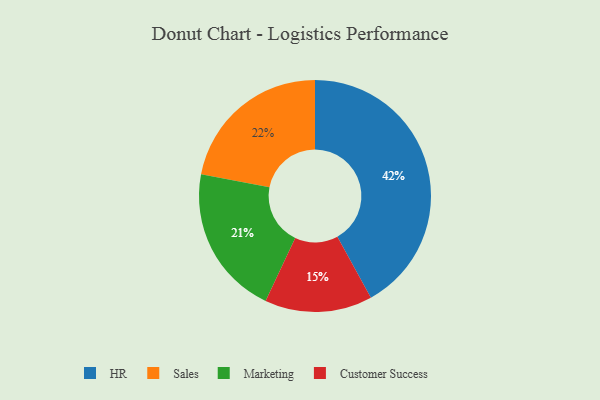
{"axis": {"x": "Category", "y": "Percentage"}, "legend": ["Customer Success", "HR", "Marketing", "Sales"], "data": [{"x": "HR", "y": 42, "type": "HR"}, {"x": "Marketing", "y": 21, "type": "Marketing"}, {"x": "Sales", "y": 22, "type": "Sales"}, {"x": "Customer Success", "y": 15, "type": "Customer Success"}]}